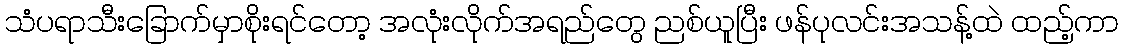
သံပရာသီးခြောက်မှာစိုးရင်တော့ အလုံးလိုက်အရည်တွေ ညစ်ယူပြီး ဖန်ပုလင်းအသန့်ထဲ ထည့်ကာ